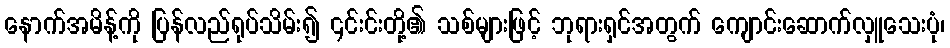
နောက်အမိန့်ကို ပြန်လည်ရုပ်သိမ်း၍ ၎င်းင်းတို့၏ သစ်များဖြင့် ဘုရားရှင်အတွက် ကျောင်းဆောက်လှူသေးပုံ၊